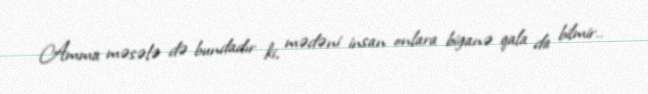
Amma məsələ də bundadır ki, mədəni insan onlara biganə qala da bilmir..